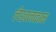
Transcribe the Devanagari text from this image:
लेखनकाम